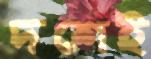
দশেই